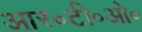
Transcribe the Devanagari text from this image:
आर॰टी॰ओ॰